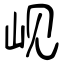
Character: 岘